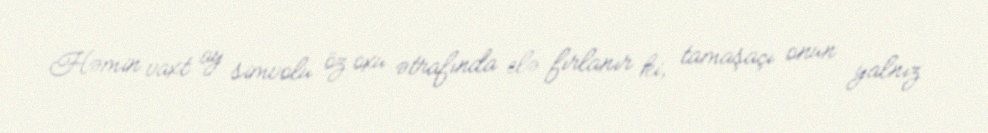
Həmin vaxt ay simvolu öz oxu ətrafında elə fırlanır ki, tamaşaçı onun yalnız